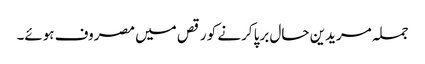
جملہ مریدین حال برپا کرنے کو رقص میں مصروف ہوئے۔